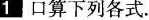
1 口算下列各式。